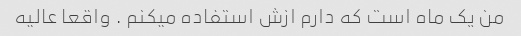
من یک ماه است که دارم ازش استفاده میکنم . واقعا عالیه